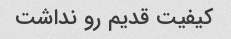
کیفیت قدیم رو نداشت